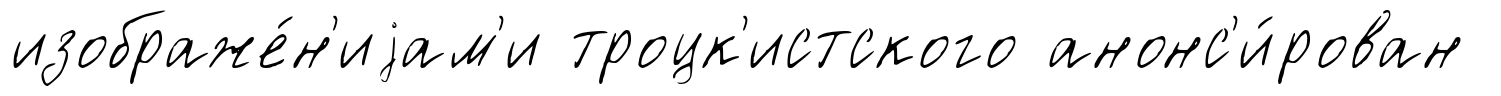
изображе́н'иjам'и троцк'истского анонс'и́рован